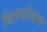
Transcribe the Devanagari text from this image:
थिरुवोनम